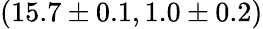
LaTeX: (15.7\pm 0.1,1.0\pm 0.2)